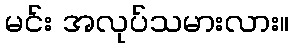
မင်း အလုပ်သမားလား။